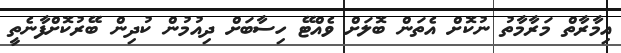
އިމާރާތް މަރާމާތު ނުކޮށް އެތަން ބޮލަށް ވެއްޓޭ ހިސާބަށް ދިއުމުން ކުދިން ބޭރުކޮށްފާނެތީ